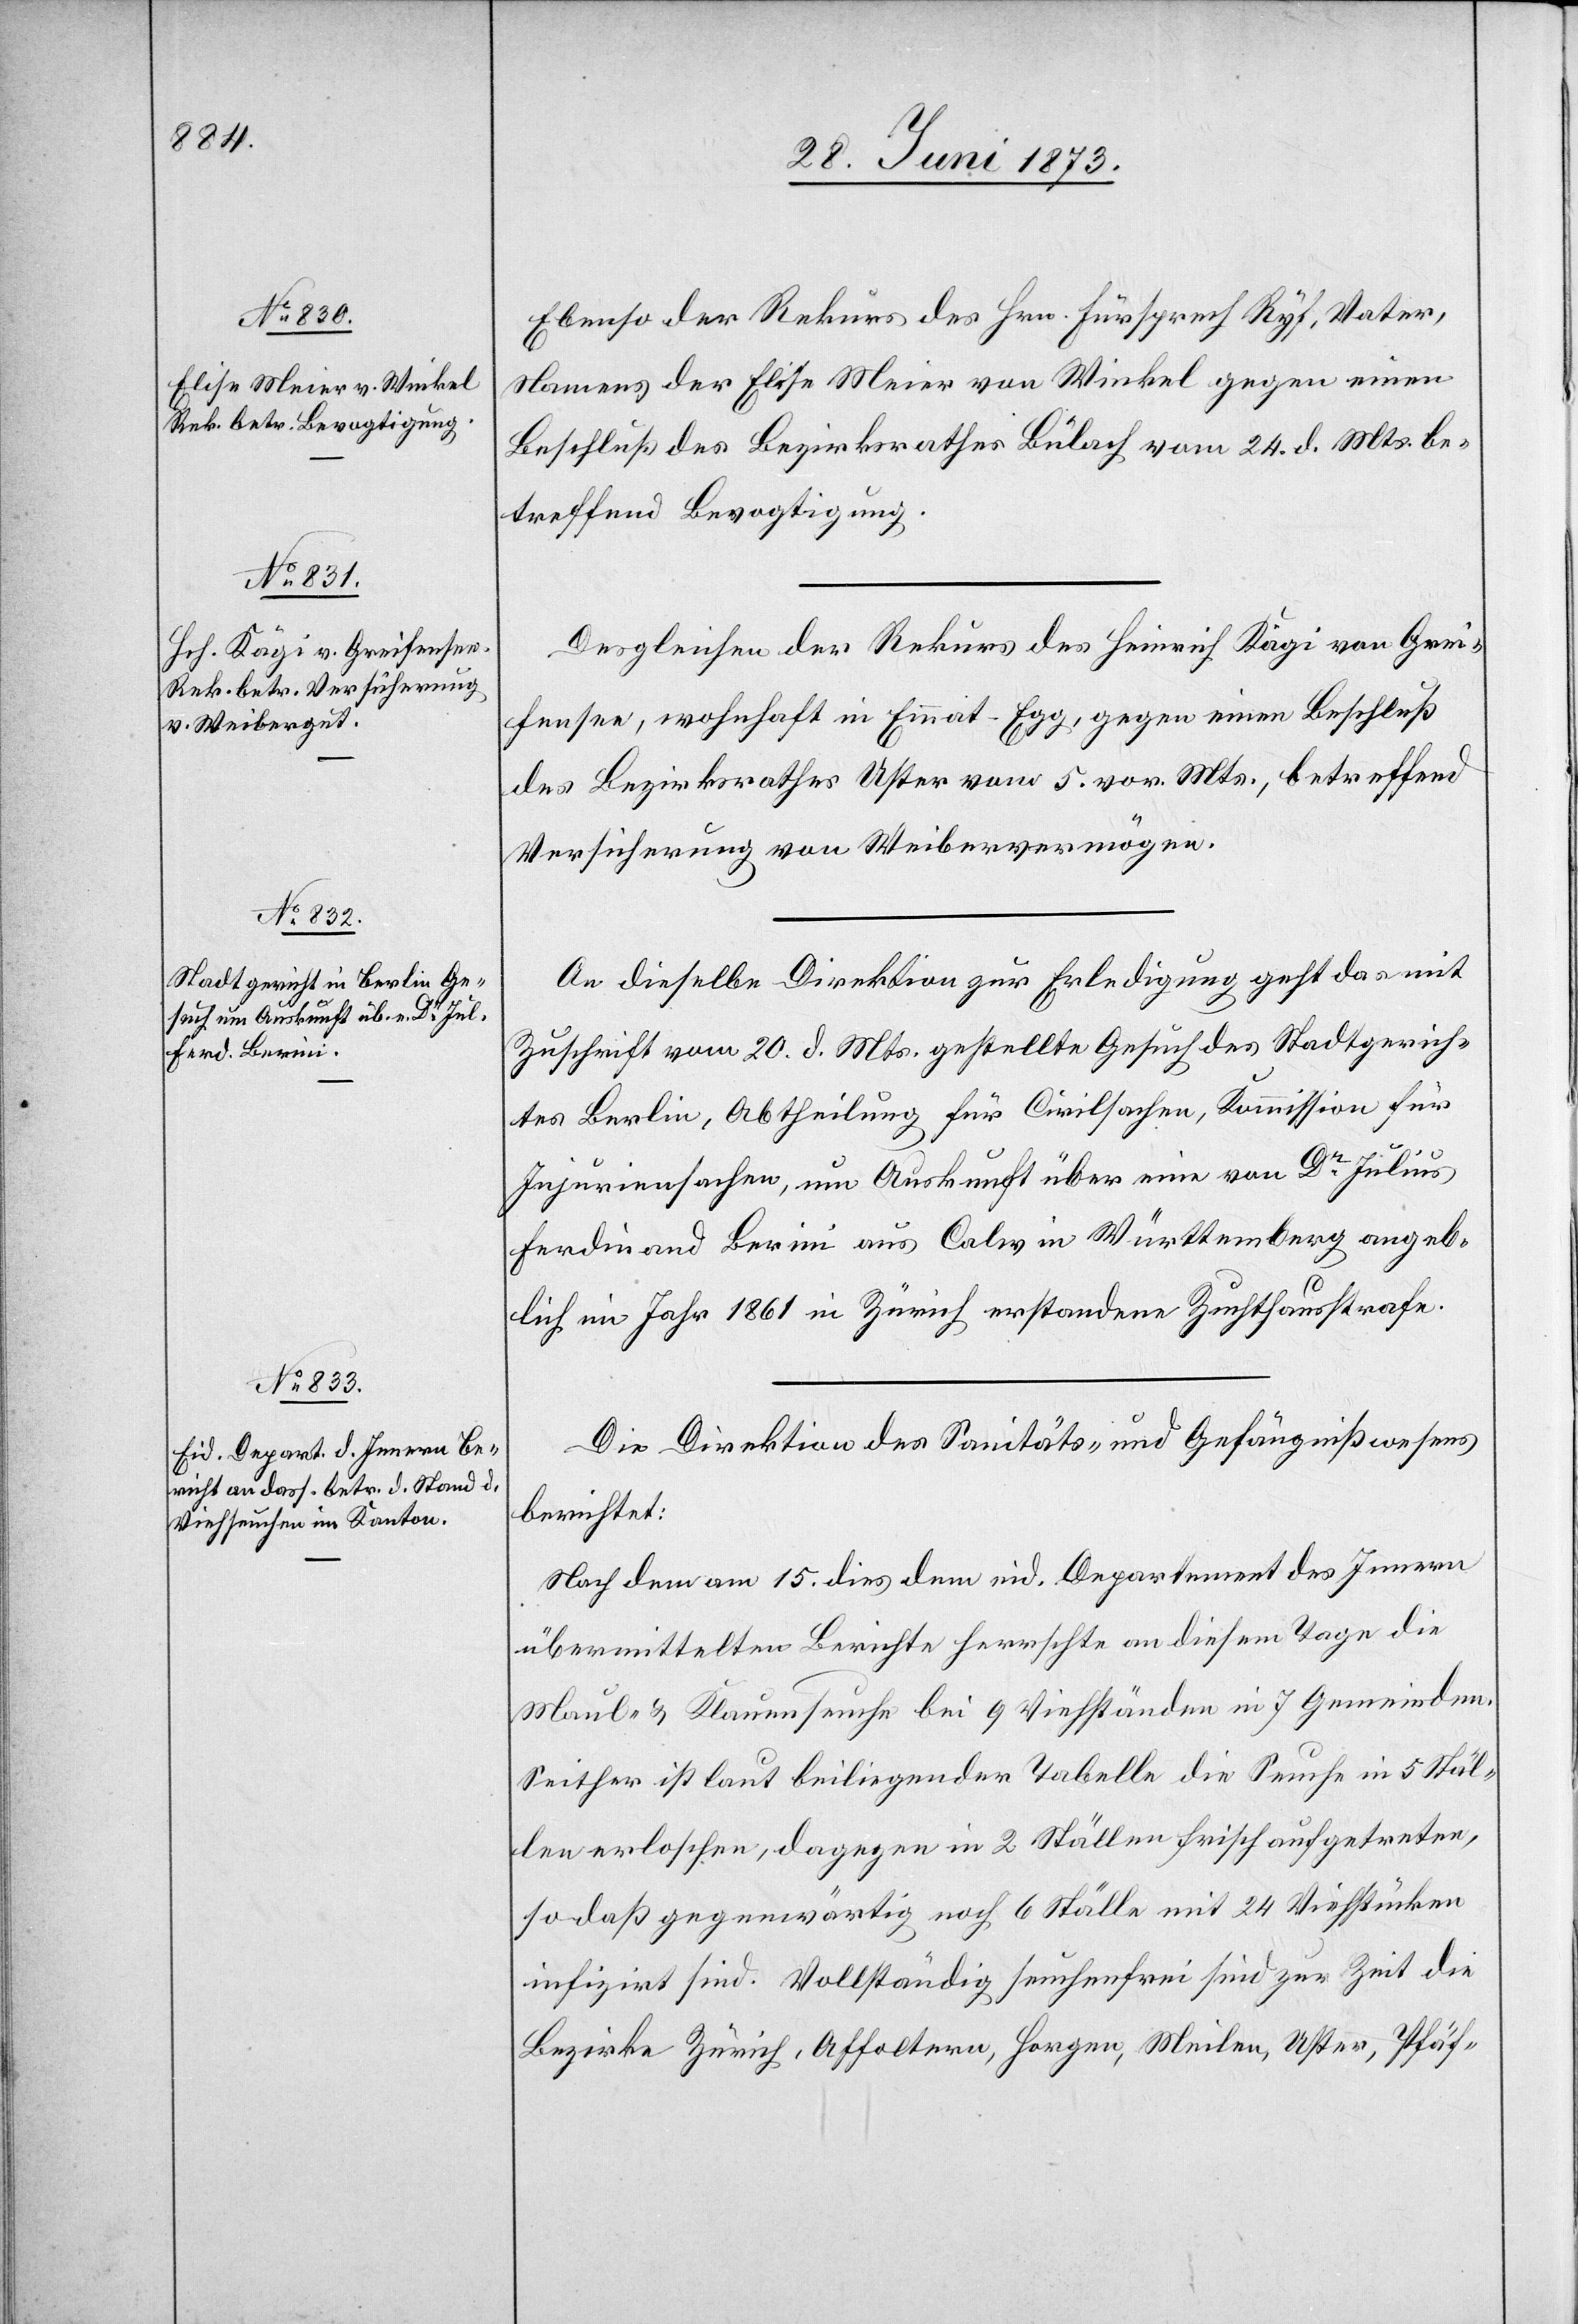
30. Juni 1873.]
Ebenso der Rekurs des Hrn. Fürsprech Ryf, Vater,
Namens der Elise Meier von Winkel gegen einen
Beschluß des Bezirksrathes Bülach vom 24. d. Mts. be¬
treffend Bevogtigung.
Desgleichen der Rekurs des Heinrich Kägi von Grei¬
fensee, wohnhaft in Emmat-Egg, gegen einen Beschluß
des Bezirksrathes Uster vom 5. vor. Mts., betreffend
Versicherung von Weibervermögen.
An dieselbe Direktion zur Erledigung geht das mit
Zuschrift vom 20. d. Mts. gestellte Gesuch des Stadtgerich¬
tes Berlin, Abtheilung für Civilsachen, Kommission für
Injuriensachen, um Auskunft über eine von Dr Julius
Ferdinand Berini aus Calw in Württemberg angeb¬
lich im Jahr 1861 in Zürich erstandene Zuchthausstrafe.
Die Direktion des Sanitäts- und Gefängnißwesens
berichtet:
Nach dem am 15. dies dem eid. Departement des Innern
übermittelten Berichte herrschte an diesem Tage die
Maul- & Klauenseuche bei 9 Viehständen in 7 Gemeinden.
Seither ist laut beiliegender Tabelle die Seuche in 5 Stäl¬
len erloschen, dagegen in 2 Ställen frisch aufgetreten,
sodaß gegenwärtig noch 6 Ställe mit 24 Viehstücken
infizirt sind. Vollständig seuchenfrei sind zur Zeit die
Bezirke Zürich, Affoltern, Horgen, Meilen, Uster, Pfäf-